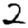
Digit: 2